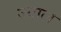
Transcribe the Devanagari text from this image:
ज्याल